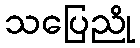
သပြေညို